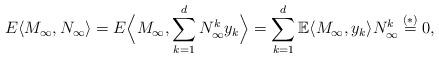
LaTeX: \begin{align*} E\langle M_{\infty}, N_{\infty}\rangle = E\Bigl\langle M_{\infty}, \sum_{k=1}^d N^k_{\infty} y_k\Bigr\rangle = \sum_{k=1}^d\mathbb E\langle M_{\infty}, y_k\rangle N^k_{\infty} \stackrel{(*)}= 0, \end{align*}